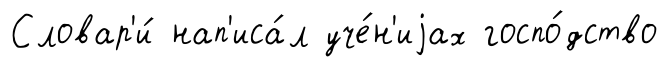
Словар'и́ нап'иса́л уче́н'иjах госпо́дство